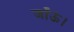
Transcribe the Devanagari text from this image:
जाँऊं।